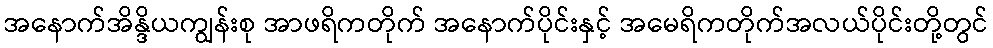
အနောက်အိန္ဒိယကျွန်းစု အာဖရိကတိုက် အနောက်ပိုင်းနှင့် အမေရိကတိုက်အလယ်ပိုင်းတို့တွင်